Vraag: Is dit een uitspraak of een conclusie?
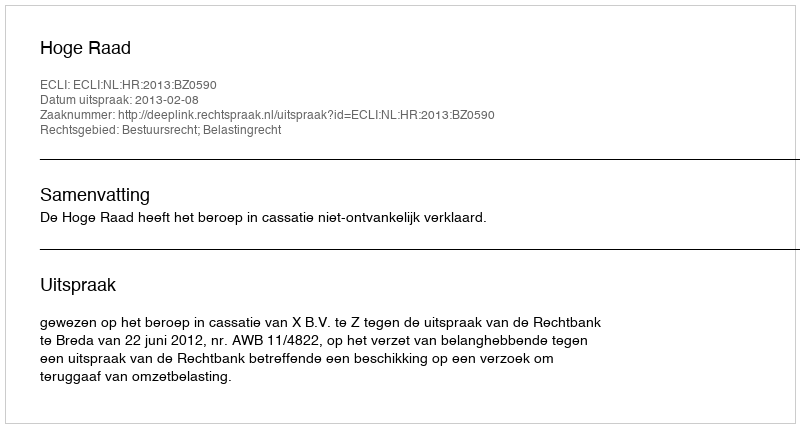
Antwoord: Uitspraak